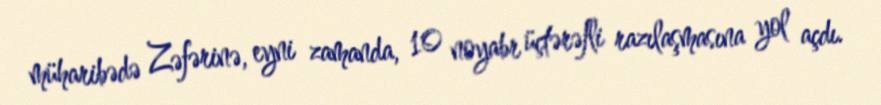
müharibədə Zəfərinə, eyni zamanda, 10 noyabr üçtərəfli razılaşmasına yol açdı.